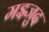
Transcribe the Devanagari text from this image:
मझ्जुद